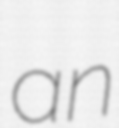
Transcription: an